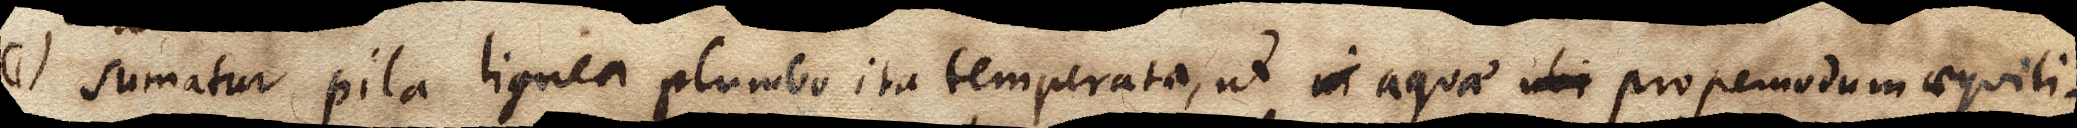
(1) Sumatur pila lignea plumbo ita temperata, ut in aquae ubi propemodum aequili–